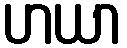
ဟယာ